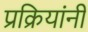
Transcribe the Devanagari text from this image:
प्रक्रियांनी